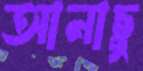
আনাছু